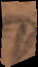
s